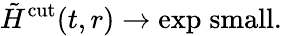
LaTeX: \tilde{H}^{\mathrm{cut}}(t,r)\to\mathrm{exp\; small}.